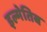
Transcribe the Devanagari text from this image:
इल्मेतिब